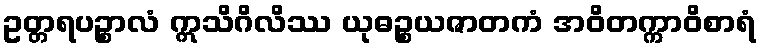
ဥတ္တရပဉ္စာလံ ဣသိဂိလိဿ ယုဓဉ္စယဇာတကံ အဝိတက္ကာဝိစာရံ